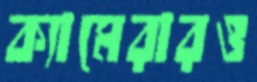
ক্যামেরারও